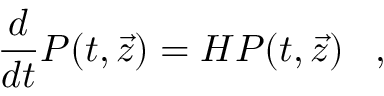
\frac { d } { d t } P ( t , \vec { z } ) = H P ( t , \vec { z } ) \, ~ ~ ,